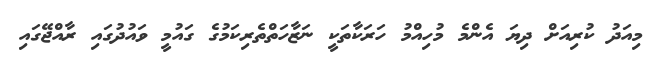
މިއަދު ކުރިއަށް ދިޔަ އެންމެ މުހިއްމު ހަރަކާތަކީ ނަޒާހަތްތެރިކަމުގެ ގައުމީ ވައުދުގައި ރާއްޖޭގައި